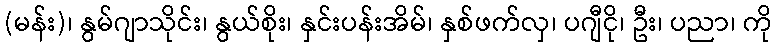
(မန်း)၊ နွမ်ဂျာသိုင်း၊ နွယ်စိုး၊ နှင်းပန်းအိမ်၊ နှစ်ဖက်လှ၊ ပဂျီငို၊ ဦး၊ ပညာ၊ ကို